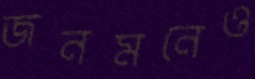
জনমনেও